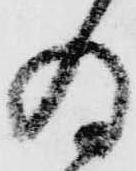
為